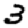
Digit: 3